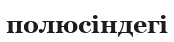
полюсіндегі